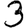
Digit: 3